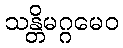
သန္တိမဂ္ဂမေဝ